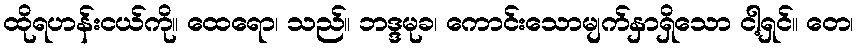
ထိုရဟန်းငယ်ကို။ ထေရော၊ သည်။ ဘဒ္ဒမုခ၊ ကောင်းသောမျက်နှာရှိသော ငါ့ရှင်။ တေ၊